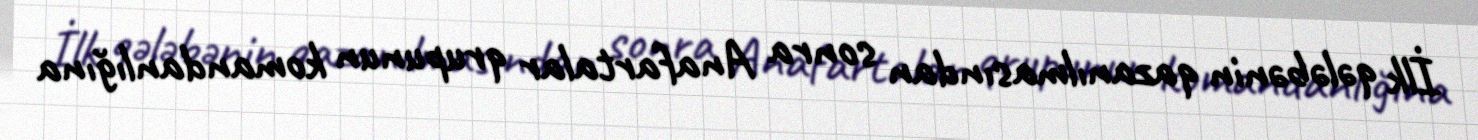
İlk qələbənin qazanılmasından sonra Anafartalar qrupunun komandanlığına